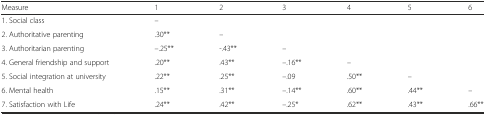
<table><thead><tr><td><b>Measure</b></td><td><b>1</b></td><td><b>2</b></td><td><b>3</b></td><td><b>4</b></td><td><b>5</b></td><td><b>6</b></td></tr></thead><tbody><tr><td>1. Social class</td><td>–</td><td></td><td></td><td></td><td></td><td></td></tr><tr><td>2. Authoritative parenting</td><td>.30**</td><td>–</td><td></td><td></td><td></td><td></td></tr><tr><td>3. Authoritarian parenting</td><td>–.25**</td><td>-.43**</td><td>–</td><td></td><td></td><td></td></tr><tr><td>4. General friendship and support</td><td>.20**</td><td>.43**</td><td>–.16**</td><td>–</td><td></td><td></td></tr><tr><td>5. Social integration at university</td><td>.22**</td><td>.25**</td><td>–.09</td><td>.50**</td><td>–</td><td></td></tr><tr><td>6. Mental health</td><td>.15**</td><td>.31**</td><td>–.14**</td><td>.60**</td><td>.44**</td><td>–</td></tr><tr><td>7. Satisfaction with Life</td><td>.24**</td><td>.42**</td><td>–.25*</td><td>.62**</td><td>.43**</td><td>.66**</td></tr></tbody></table>